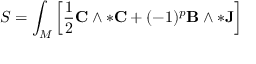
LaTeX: S = \int _ { M } \left[ { \frac { 1 } { 2 } } \mathbf { C } \wedge * \mathbf { C } + ( - 1 ) ^ { p } \mathbf { B } \wedge * \mathbf { J } \right]